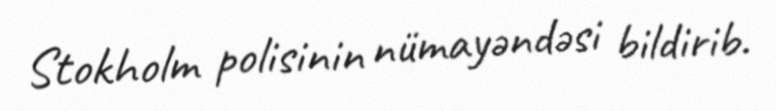
Stokholm polisinin nümayəndəsi bildirib.